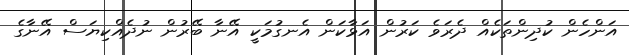
އަންހެން ކުދިންތަކެއް ދެރަވެ ކަރުން އަޅާކަން އެނގުމަކީ އޭނާ ބޭރުން ނުދެއްކިޔަސް އޭނާގެ